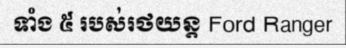
ទាំង ៥ របស់រថយន្ត Ford Ranger